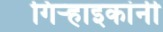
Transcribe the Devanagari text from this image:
गिर्‍हाइकांनी